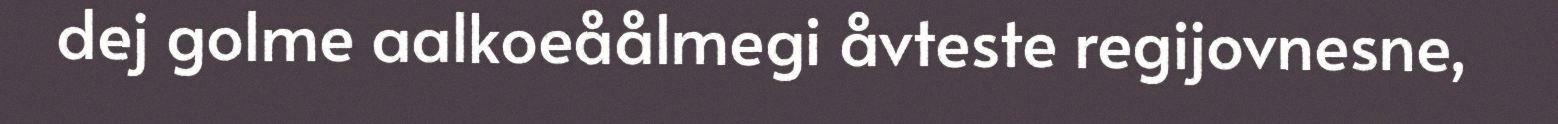
dej golme aalkoeåålmegi åvteste regijovnesne,